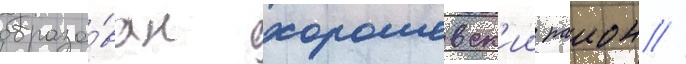
образо́ван хорошевск'ии раион //